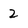
Character: Z